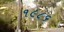
૧૯૮૬